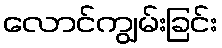
လောင်ကျွမ်းခြင်း